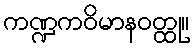
ကဏ္ဍကဝိမာနဝတ္ထု။